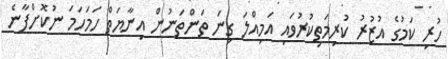
ހުރި ކަމުގެ އުޒުރު ކުރިމަތިކުރުވައި އަމިއްލަ ގިނަ ތަންތަނުން އިނާޔަތް ހަމަހަމަ ނުކޮށްފާނެ